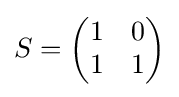
S={\begin{pmatrix}1&0\\1&1\end{pmatrix}}